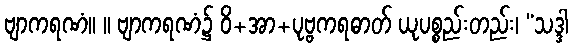
ဗျာကရဏံ။ ။ ဗျာကရဏံ၌ ဝိ+အာ+ပုဗ္ဗကရဓာတ် ယုပစ္စည်းတည်း၊ “သဒ္ဒါ